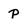
Character: P